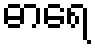
ဓာရေ